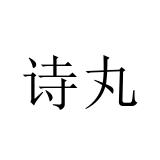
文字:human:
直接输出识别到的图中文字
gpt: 诗丸